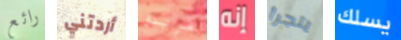
رائع أردتني فريدو إنه يتجرأ يسلك